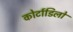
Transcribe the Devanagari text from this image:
कोर्टाडिलो